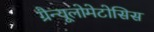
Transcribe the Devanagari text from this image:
ग्रैन्यूलोमेटोसिस